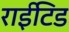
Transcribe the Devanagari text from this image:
राईटिड